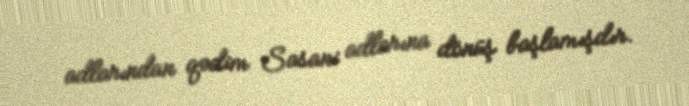
adlarından qədim Sasani adlarına dönüş başlamışdır.